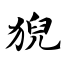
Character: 猊